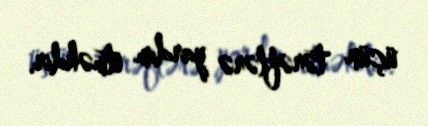
üçün tərəflərə yardım etməkdir.